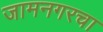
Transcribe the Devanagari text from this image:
जामनगरचा